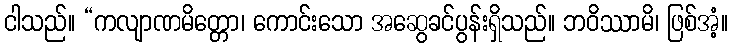
ငါသည်။ “ကလျာဏမိတ္တော၊ ကောင်းသော အဆွေခင်ပွန်းရှိသည်။ ဘဝိဿာမိ၊ ဖြစ်အံ့။